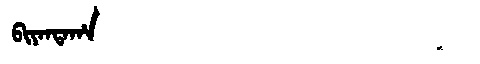
Manchu: ᠪᡳᠶᠠᠨᡨᠠᡥᠠ
Romanization: BIYANTAHA